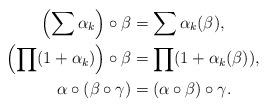
LaTeX: \begin{align*}\Bigl(\sum\alpha_k\Bigr)\circ\beta&=\sum \alpha_k(\beta),\\\Bigl(\prod(1+\alpha_k)\Bigr)\circ\beta&=\prod(1+\alpha_k(\beta)),\\\alpha\circ(\beta\circ\gamma)&=(\alpha\circ\beta)\circ\gamma.\end{align*}